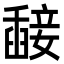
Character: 𥪵